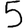
Digit: 5